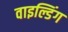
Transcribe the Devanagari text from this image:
वाइल्डिंग